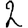
Digit: 2